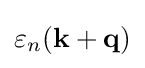
\varepsilon _{n}(\mathbf {k} +\mathbf {q} )